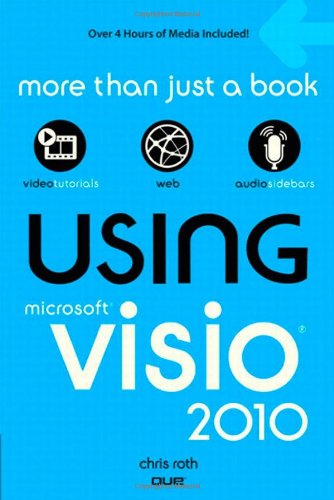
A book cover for Using Microsoft Visio 2010; Chris Roth; Computers & Technology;